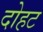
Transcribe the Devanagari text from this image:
दोहट